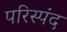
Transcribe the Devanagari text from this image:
परिस्पंद